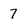
Character: 7